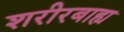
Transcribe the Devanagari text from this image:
शरीरबाह्य